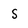
Character: S